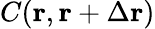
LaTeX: C(\mathbf{r},\mathbf{r}+\Delta\mathbf{r})